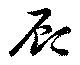
顧